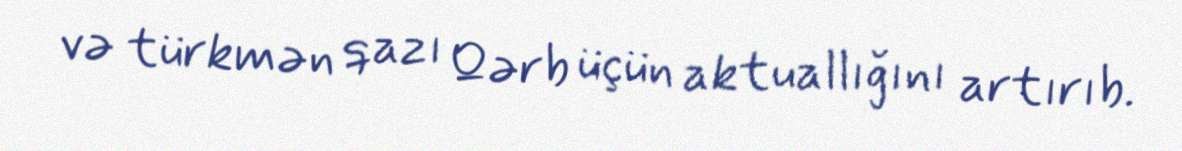
və türkmən qazı Qərb üçün aktuallığını artırıb.